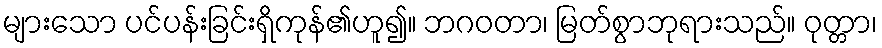
များသော ပင်ပန်းခြင်းရှိကုန်၏ဟူ၍။ ဘဂဝတာ၊ မြတ်စွာဘုရားသည်။ ဝုတ္တာ၊